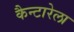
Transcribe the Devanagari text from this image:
कैन्टारेला